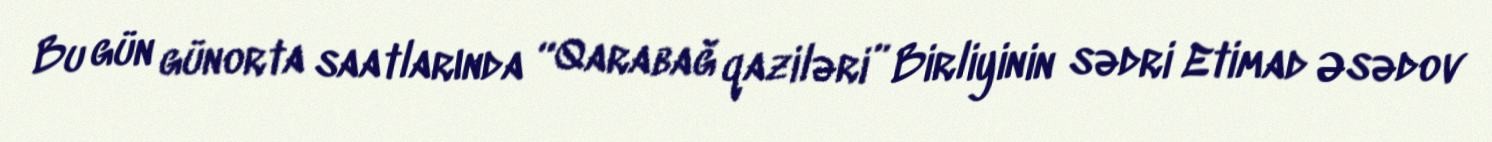
Bu gün günorta saatlarında “Qarabağ qaziləri” Birliyinin sədri Etimad Əsədov